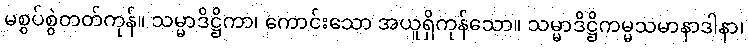
မစွပ်စွဲတတ်ကုန်။ သမ္မာဒိဋ္ဌိကာ၊ ကောင်းသော အယူရှိကုန်သော။ သမ္မာဒိဋ္ဌိကမ္မသမာနာဒါနာ၊